Report on the working of the mental hospitals for Indians in Bihar and Orissa - 1925-1929
Year: 1925
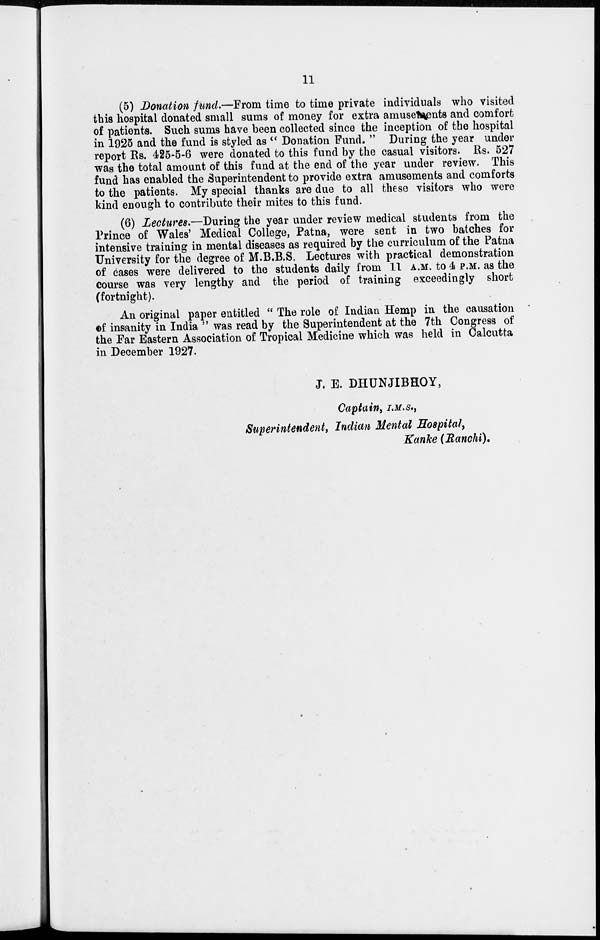
11
(5) Donation fund.—From time to time private individuals who visited
this hospital donated small sums of money for extra amusements and comfort
of patients. Such sums have been collected since the inception of the hospital
in 1925 and the fund is styled as " Donation Fund. " During the year under
report Rs. 425-5-6 were donated to this fund by the casual visitors. Rs. 527
was the total amount of this fund at the end of the year under review. This
fund has enabled the Superintendent to provide extra amusements and comforts
to the patients. My special thanks are due to all these visitors who were
kind enough to contribute their mites to this fund.
(6) Lectures.—During the year under review medical students from the
Prince of Wales' Medical College, Patna, were sent in two batches for
intensive training in mental diseases as required by the curriculum of the Patna
University for the degree of M.B.B.S. Lectures with practical demonstration
of cases were delivered to the students daily from 11 A.M. to 4 P.M. as the
course was very lengthy and the period of training exceedingly short
(fortnight).
An original paper entitled " The role of Indian Hemp in the causation
of insanity in India " was read by the Superintendent at the 7th Congress of
the Far Eastern Association of Tropical Medicine which was held in Calcutta
in December 1927.
J. E. DHUNJIBHOY,
Captain, I.M.S.,
Superintendent, Indian Mental Hospital,
Kanke (Ranchi).